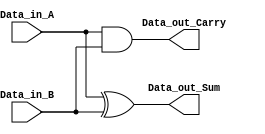
module half_adder(
    Data_in_A,
    Data_in_B,
    Data_out_Sum,
    Data_out_Carry
    );

    //what are the input ports.
    input Data_in_A;
    input Data_in_B;
    //What are the output ports.
    output Data_out_Sum;
     output Data_out_Carry;
     
     //Implement the Sum and Carry equations using Verilog Bit operators.
     assign Data_out_Sum = Data_in_A ^ Data_in_B;  //XOR operation
     assign Data_out_Carry = Data_in_A & Data_in_B; //AND operation
     
endmodule